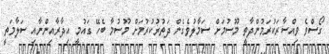
ގޯސްވެ ވިއްސާރަކުރަމުންދާތީ މޫސުމަށް ސަމާލުވެގެން ދަތުރުކުރުމަށް މޫސުމާ ބެހޭ ގައުމީ އިދާރާއިންނާއި ސަލާމަތީ